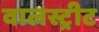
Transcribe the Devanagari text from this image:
वालस्ट्रीट